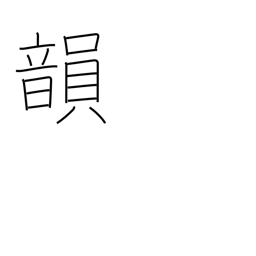
Meaning: rhyme